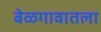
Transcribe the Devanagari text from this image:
बेळगावातला